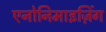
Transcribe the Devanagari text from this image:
एनोनिमाइज़िंग